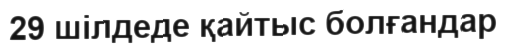
29 шілдеде қайтыс болғандар